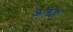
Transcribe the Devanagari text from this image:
अर्जुनः